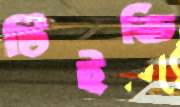
টিইভি